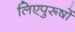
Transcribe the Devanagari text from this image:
लिएपुरूषों